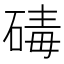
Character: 碡